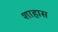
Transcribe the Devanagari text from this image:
शाहास